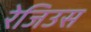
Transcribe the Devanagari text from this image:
रेजिउस